Leaving Certificate Examination, 1915
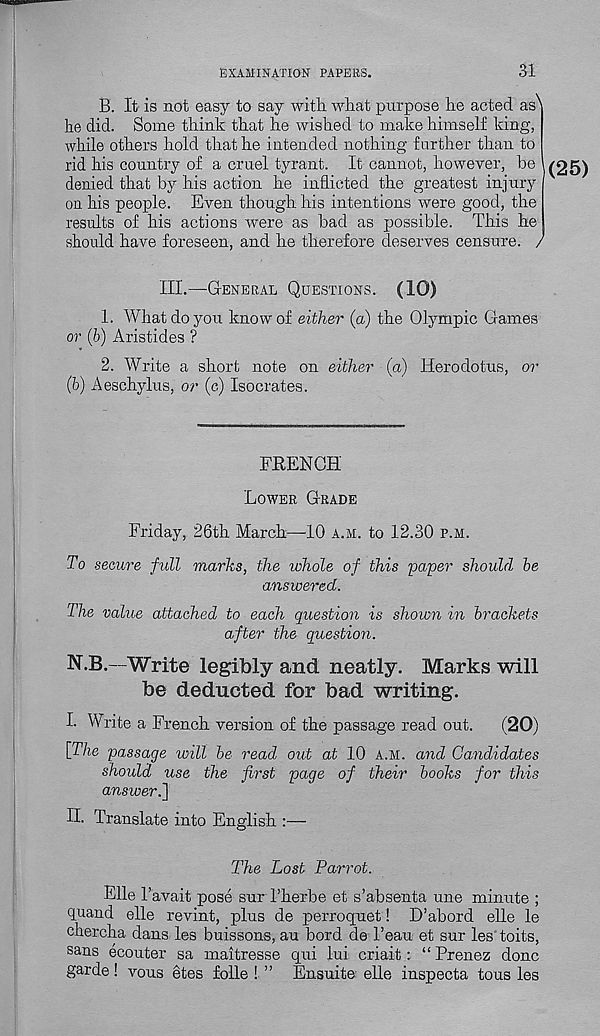
EXAMINATION PAPERS.
31
B. It is not easy to say with what purpose he acted as N
he did. Some think that he wished to make himself king,
while others hold that he intended nothing further than to
rid his country of a cruel tyrant. It cannot, however, he |
denied that by his action he inflicted the greatest injury
on his people. Even though his intentions were good, the
results of his actions were as bad as possible. This he
should have foreseen, and he therefore deserves censure. /
(25)
III.—General Questions. (10)
1. What do you know of either (a) the Olympic Games
or (b) Aristides ?
2. Write a short note on either (a) Herodotus, or
(b) Aeschylus, or (c) Isocrates.
FRENCH
Lower Grade
Friday, 26th March—10 a.m. to 12.30 p.h.
To secure full marks, the whole of this paper should be
answered.
The value attached to each question is shown in brackets
after the question.
N.B.—Write legibly and neatly. Marks will
be deducted for bad writing.
I. Write a French version of the passage read out.
(20)
[The passage will be read out at 10 a.m. and Candidates
should use the first page of their books for this
answeri]
H. Translate into English
The Lost Parrot.
File 1’avait pose sur 1’herbe et s’absenta une minute ;
quand elle revint, plus de perroquet! D’abord elle le
chercha dans les buissons, au bord de Beau et sur les toits,
sans ecouter sa maitresse qui lui criait: “ Prenez done
garde! vous etes folle ! ” Ensuite elle inspecta tons les